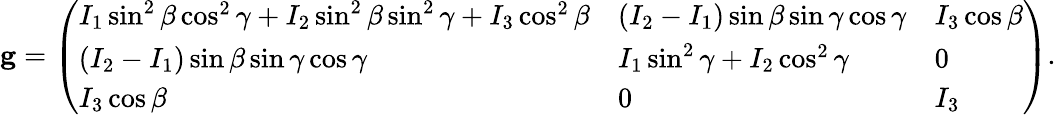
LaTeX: \mathbf{g}={\left(\begin{array}{lll}{I_{1}\sin^{2}\beta\cos^{2}\gamma+I_{2}\sin^{2}\beta\sin^{2}\gamma+I_{3}\cos^{2}\beta}&{(I_{2}-I_{1})\sin\beta\sin\gamma\cos\gamma}&{I_{3}\cos\beta}\\ {(I_{2}-I_{1})\sin\beta\sin\gamma\cos\gamma}&{I_{1}\sin^{2}\gamma+I_{2}\cos^{2}\gamma}&{0}\\ {I_{3}\cos\beta}&{0}&{I_{3}}\end{array}\right)}.